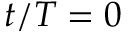
t / T = 0